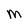
Character: m